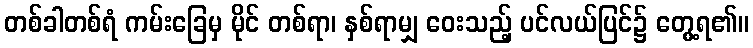
တစ်ခါတစ်ရံ ကမ်းခြေမှ မိုင် တစ်ရာ၊ နှစ်ရာမျှ ဝေးသည့် ပင်လယ်ပြင်၌ တွေ့ရ၏။